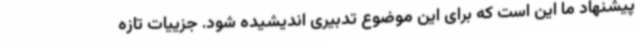
پیشنهاد ما این است که برای این موضوع تدبیری اندیشیده شود. جزییات تازه